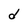
Character: d